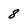
Character: 8